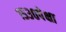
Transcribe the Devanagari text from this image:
१५३०पेक्षा